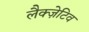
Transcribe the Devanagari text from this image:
लैक्ज़ेटिव